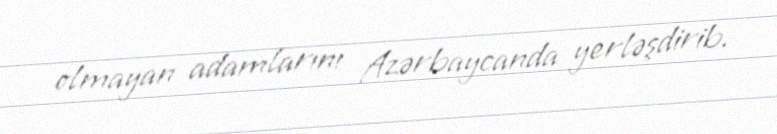
olmayan adamlarını Azərbaycanda yerləşdirib.